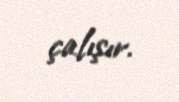
çalışır.